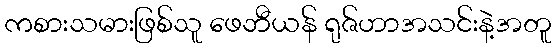
ကစားသမားဖြစ်သူ ဖေဘီယန် ရုဇ်ဟာအသင်းနဲ့အတူ